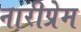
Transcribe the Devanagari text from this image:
नारीप्रेम